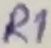
Text: R1